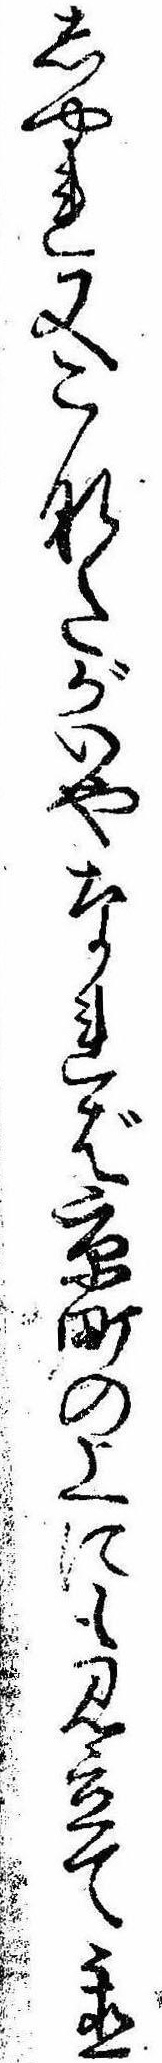
しやれ又こなたがいやなれば京町の上にも見立て置